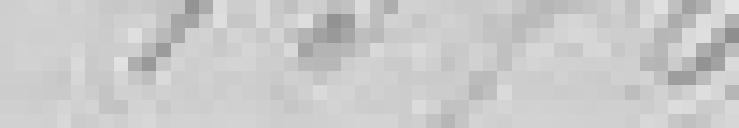
1370